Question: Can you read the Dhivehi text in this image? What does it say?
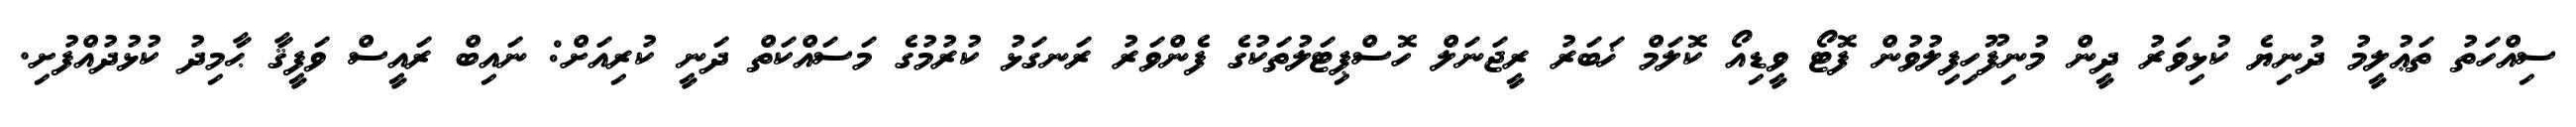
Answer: ސިއްހަތު ތަޢުލީމު ދުނިޔެ ކުޅިވަރު ދީން މުނިފޫހިފިލުވުން ފޮޓޯ ވީޑިއޯ ކޮލަމް ޚަބަރު ރީޖަނަލް ހޮސްޕިޓަލުތަކުގެ ފެންވަރު ރަނގަޅު ކުރުމުގެ މަސައްކަތް ދަނީ ކުރިއަށް: ނައިބް ރައީސް ވަފީޤާ ޙާމިދު ކުޅުދުއްފުށި.